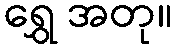
ရွှေ အတု။